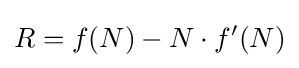
R=f(N)-N\cdot f'(N)